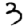
Digit: 3